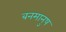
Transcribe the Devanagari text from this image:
बनमानुष